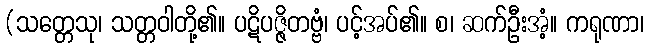
(သတ္တေသု၊ သတ္တဝါတို့၏။ ပဋိပဇ္ဇိတဗ္ဗံ၊ ပင့်အပ်၏။ စ၊ ဆက်ဦးအံ့။ ကရုဏာ၊